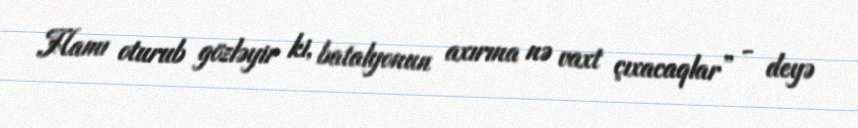
Hamı oturub gözləyir ki, batalyonun axırına nə vaxt çıxacaqlar” - deyə